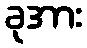
ခုအား